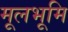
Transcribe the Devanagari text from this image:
मूलभूमि